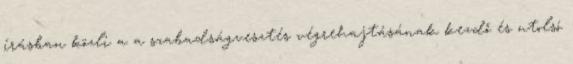
írásban közli a a szabadságvesztés végrehajtásának kezdő és utolsó